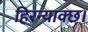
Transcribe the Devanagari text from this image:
हिरन्याक्छ।